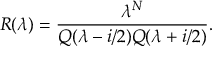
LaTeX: R ( \lambda ) = \frac { \lambda ^ { N } } { Q ( \lambda - i / 2 ) Q ( \lambda + i / 2 ) } .